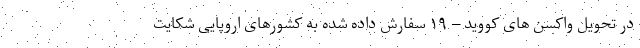
در تحویل واکسن های کووید – ۱۹ سفارش داده شده به کشورهای اروپایی شکایت